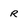
Character: r